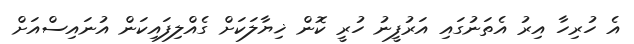
އެ ހުރިހާ އިރު އެތަނުގައި އަރުފީނު ހުރީ ކޮން ޚިޔާލަކަށް ގެއްލިފައިކަން އުނައިސްއަށް